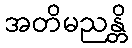
အတိမညန္တိ